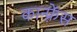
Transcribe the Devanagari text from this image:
कान्‍फ़्रेंस